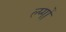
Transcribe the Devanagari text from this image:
ल्प्गों